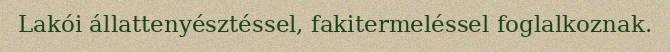
Lakói állattenyésztéssel, fakitermeléssel foglalkoznak.